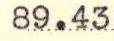
89.43